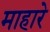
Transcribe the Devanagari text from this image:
माहारे